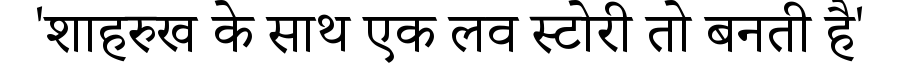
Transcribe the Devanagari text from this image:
'शाहरुख के साथ एक लव स्टोरी तो बनती है'